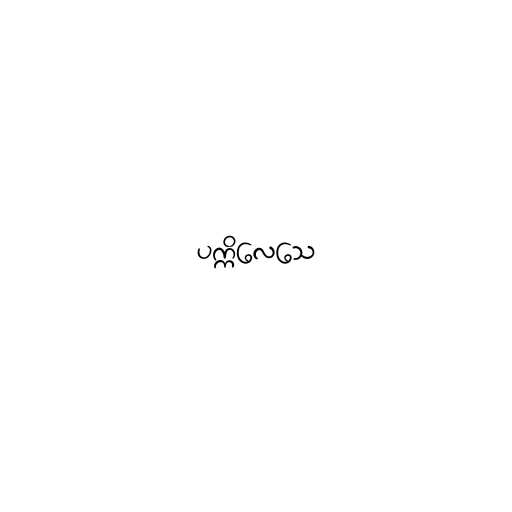
ပက္ကိလေသေ